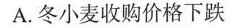
A.冬小麦收购价格下跌